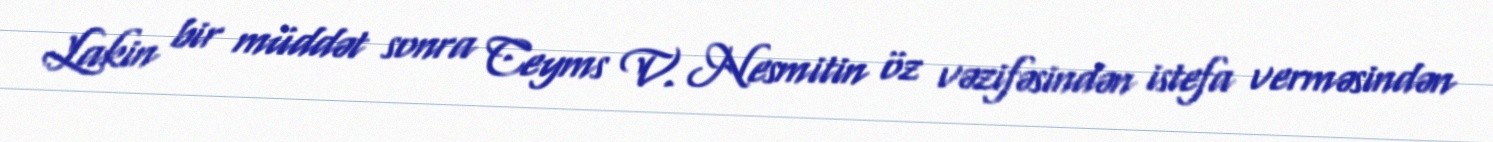
Lakin bir müddət sonra Ceyms V. Nesmitin öz vəzifəsindən istefa verməsindən